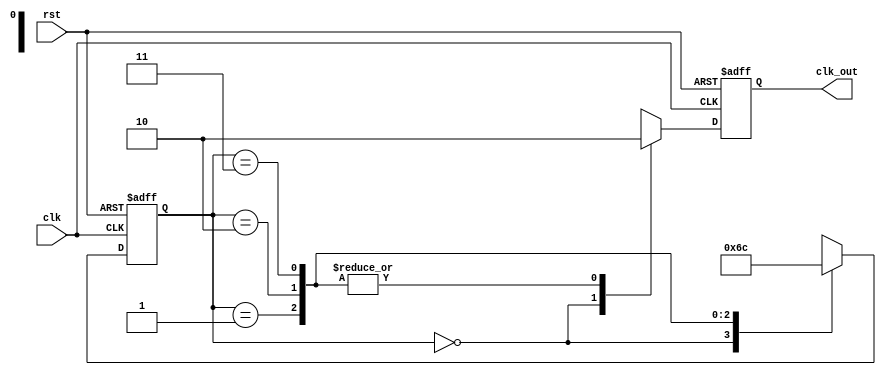
// ======================================================================
// Copyright (c) 2023-2023 All rights reserved
// ======================================================================
// Affiliation  : Tsinghua Univ & NeuraMatrix
// Revise Date  : 2023-06-09 11:12:45
// Description  : VL65 on nowcoder
// ======================================================================

module huawei7 (
  input  wire clk,
  input  wire rst,
  output reg  clk_out
);

  // Use standard 3-stage state machine

  reg [1:0] cs;
  reg [1:0] ns;

  // First stage: state register transition
  always @(posedge clk or negedge rst) begin
    if(~rst) begin
      cs <= 2'd0;
    end else begin
      cs <= ns;
    end
  end

  // Second stage: next state transition condition
  always @(*) begin
    case (cs)
      2'd0: ns = 2'd1;
      2'd1: ns = 2'd2;
      2'd2: ns = 2'd3;
      2'd3: ns = 2'd0;
    endcase
  end

  // Third stage: output change dependent on state
  always @(posedge clk or negedge rst) begin
    if(~rst) begin
      clk_out <= 1'b0;
    end else begin
      case (cs)
        2'd0: clk_out <= 1'b1;
        2'd1: clk_out <= 1'b0;
        2'd2: clk_out <= 1'b0;
        2'd3: clk_out <= 1'b0;
      endcase
    end
  end

endmodule